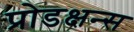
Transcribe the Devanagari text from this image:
प्रोडक्षन्स